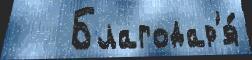
   Благодар'я́